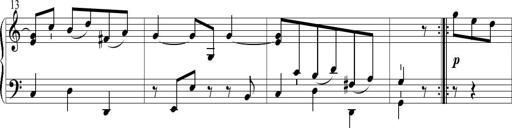
Title: 6 Leichte Sonatinen, Teil 1
Composer: F. Sigismund Sander